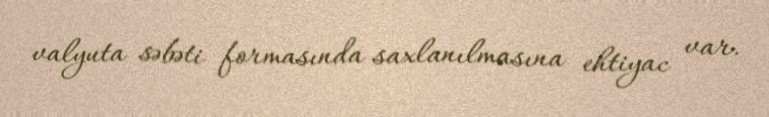
valyuta səbəti formasında saxlanılmasına ehtiyac var.